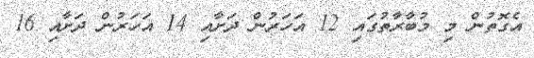
އެގޮތުން މި މުބާރާތުގައި 12 އަހަރުން ދަށާއި 14 އަހަރުން ދަށާއި 16